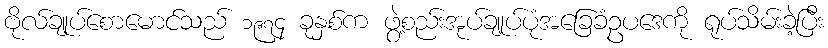
ဗိုလ်ချုပ်စောမောင်သည် ၁၉၇၄ ခုနှစ်က ဖွဲ့စည်းအုပ်ချုပ်ပုံအခြေခံဥပဒေကို ရုပ်သိမ်းခဲ့ပြီး